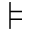
\models